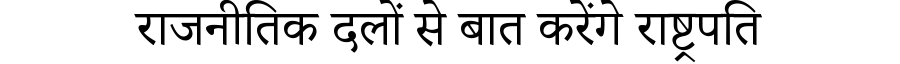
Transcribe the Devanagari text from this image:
राजनीतिक दलों से बात करेंगे राष्ट्रपति